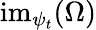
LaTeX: {\mathrm{im}}_{\psi_{t}}(\Omega)